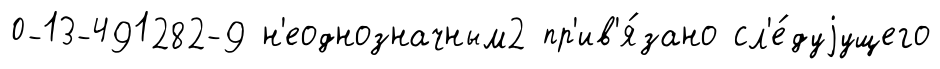
0-13-491282-9 н'еоднозначным2 пр'ив'я́зано сл'е́дуjущего